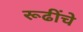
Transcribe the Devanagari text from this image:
रूढींचे